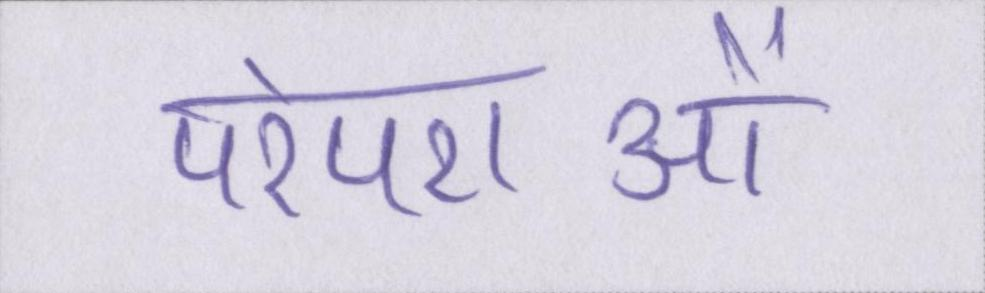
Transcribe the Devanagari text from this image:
परंपराओं